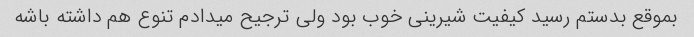
بموقع بدستم رسید کیفیت شیرینی خوب بود ولی ترجیح میدادم تنوع هم داشته باشه